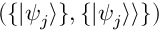
( \{ | \psi _ { j } \rangle \} , \{ | \psi _ { j } \rangle \rangle \} )